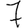
Digit: 7